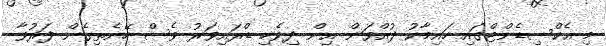
މި އެކްސިޑެންޓްްގައި ހައިމާކު ދުއްވަން އިން ދިވެހި ޑްރައިވަރު ވެސް ހޭނެތިގެން ފަރުވާ